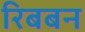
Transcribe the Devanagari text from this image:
रिबबन